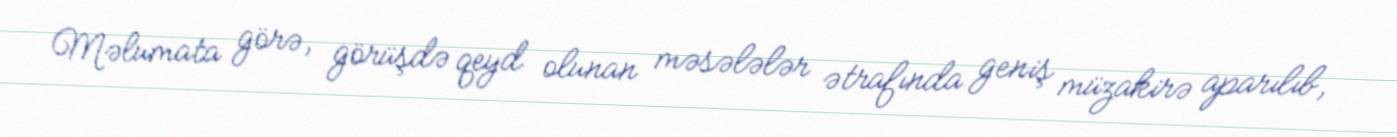
Məlumata görə, görüşdə qeyd olunan məsələlər ətrafında geniş müzakirə aparılıb,